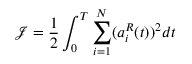
\mathcal { J } = \frac { 1 } { 2 } \int _ { 0 } ^ { T } \sum _ { i = 1 } ^ { N } ( { a } _ { i } ^ { R } ( t ) ) ^ { 2 } d t